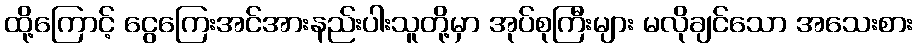
ထို့ကြောင့် ငွေကြေးအင်အားနည်းပါးသူတို့မှာ အုပ်စုကြီးများ မလိုချင်သော အသေးစား